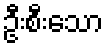
ဦးစီးသော